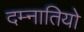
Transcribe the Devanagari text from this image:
दम्नातियो